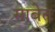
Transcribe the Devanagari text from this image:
सावेत